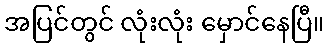
အပြင်တွင် လုံးလုံး မှောင်နေပြီ။